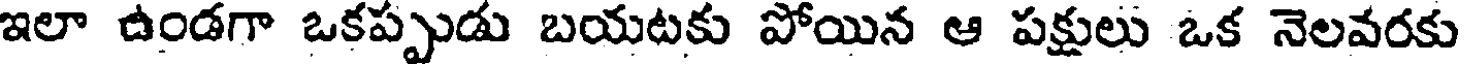
ఇలా ఉండగా ఒకప్పుడు బయటకు పోయిన ఆ పక్షులు ఒక నెలవరకు